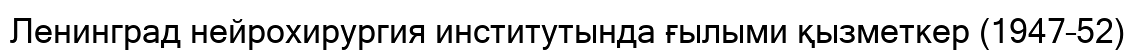
Ленинград нейрохирургия институтында ғылыми қызметкер (1947–52)